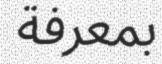
بمعرفة